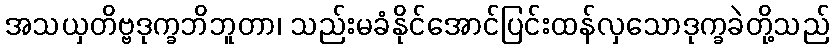
အသယှတိဗ္ဗဒုက္ခဘိဘူတာ၊ သည်းမခံနိုင်အောင်ပြင်းထန်လှသောဒုက္ခခဲတို့သည်